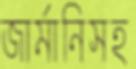
জার্মানিসহ